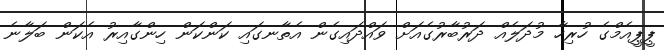
ޕީޕީއެމްގެ ހުރިހާ މުދަލެއް ދަރުބާރުގެއަށް ވައްދައިގެން އެތާނގައި ކަންކަން ހިންގާއިރު އެކަން ބަލާނެ